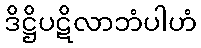
ဒိဋ္ဌိပဋိလာဘံပါဟံ